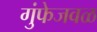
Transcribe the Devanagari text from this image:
गुंफेजवळ